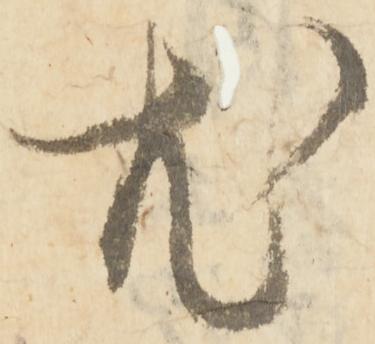
尤